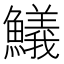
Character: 䲑